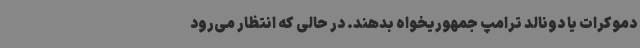
دموکرات یا دونالد ترامپ جمهوریخواه بدهند. در حالی که انتظار می‌رود